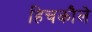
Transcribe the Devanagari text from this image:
हिचकौले